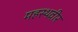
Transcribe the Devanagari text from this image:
महस्थवीर